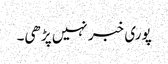
پوری خبر نہیں پڑھی۔